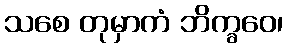
သစေ တုမှာကံ ဘိက္ခဝေ၊